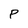
Character: P